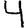
Digit: 4